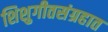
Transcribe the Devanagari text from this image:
शिशुगीतसंग्रहात